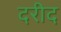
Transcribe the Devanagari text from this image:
दरीद